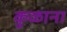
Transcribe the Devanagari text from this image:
कुळाना